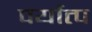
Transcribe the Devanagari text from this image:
पर्यात्प